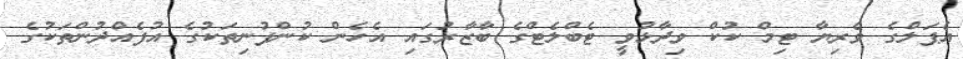
އެޕަލްގެ ވެރިޔާ ޓިމް ކުކް ވިދާޅުވީ ޓެބްލެޓްގެ ބާޒާރުގައި އެހެން ކުންފުނިތަކުގެ އުފެއްދުންތަކުގެ